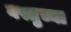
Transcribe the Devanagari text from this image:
वस्तुच्या